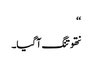
‘‘
نتھو تنگ آگیا۔